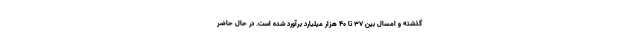
گذشته و امسال بین 37 تا 40 هزار میلیارد برآورد شده است. در حال حاضر